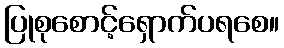
ပြုစုစောင့်ရှောက်ပရစေ။